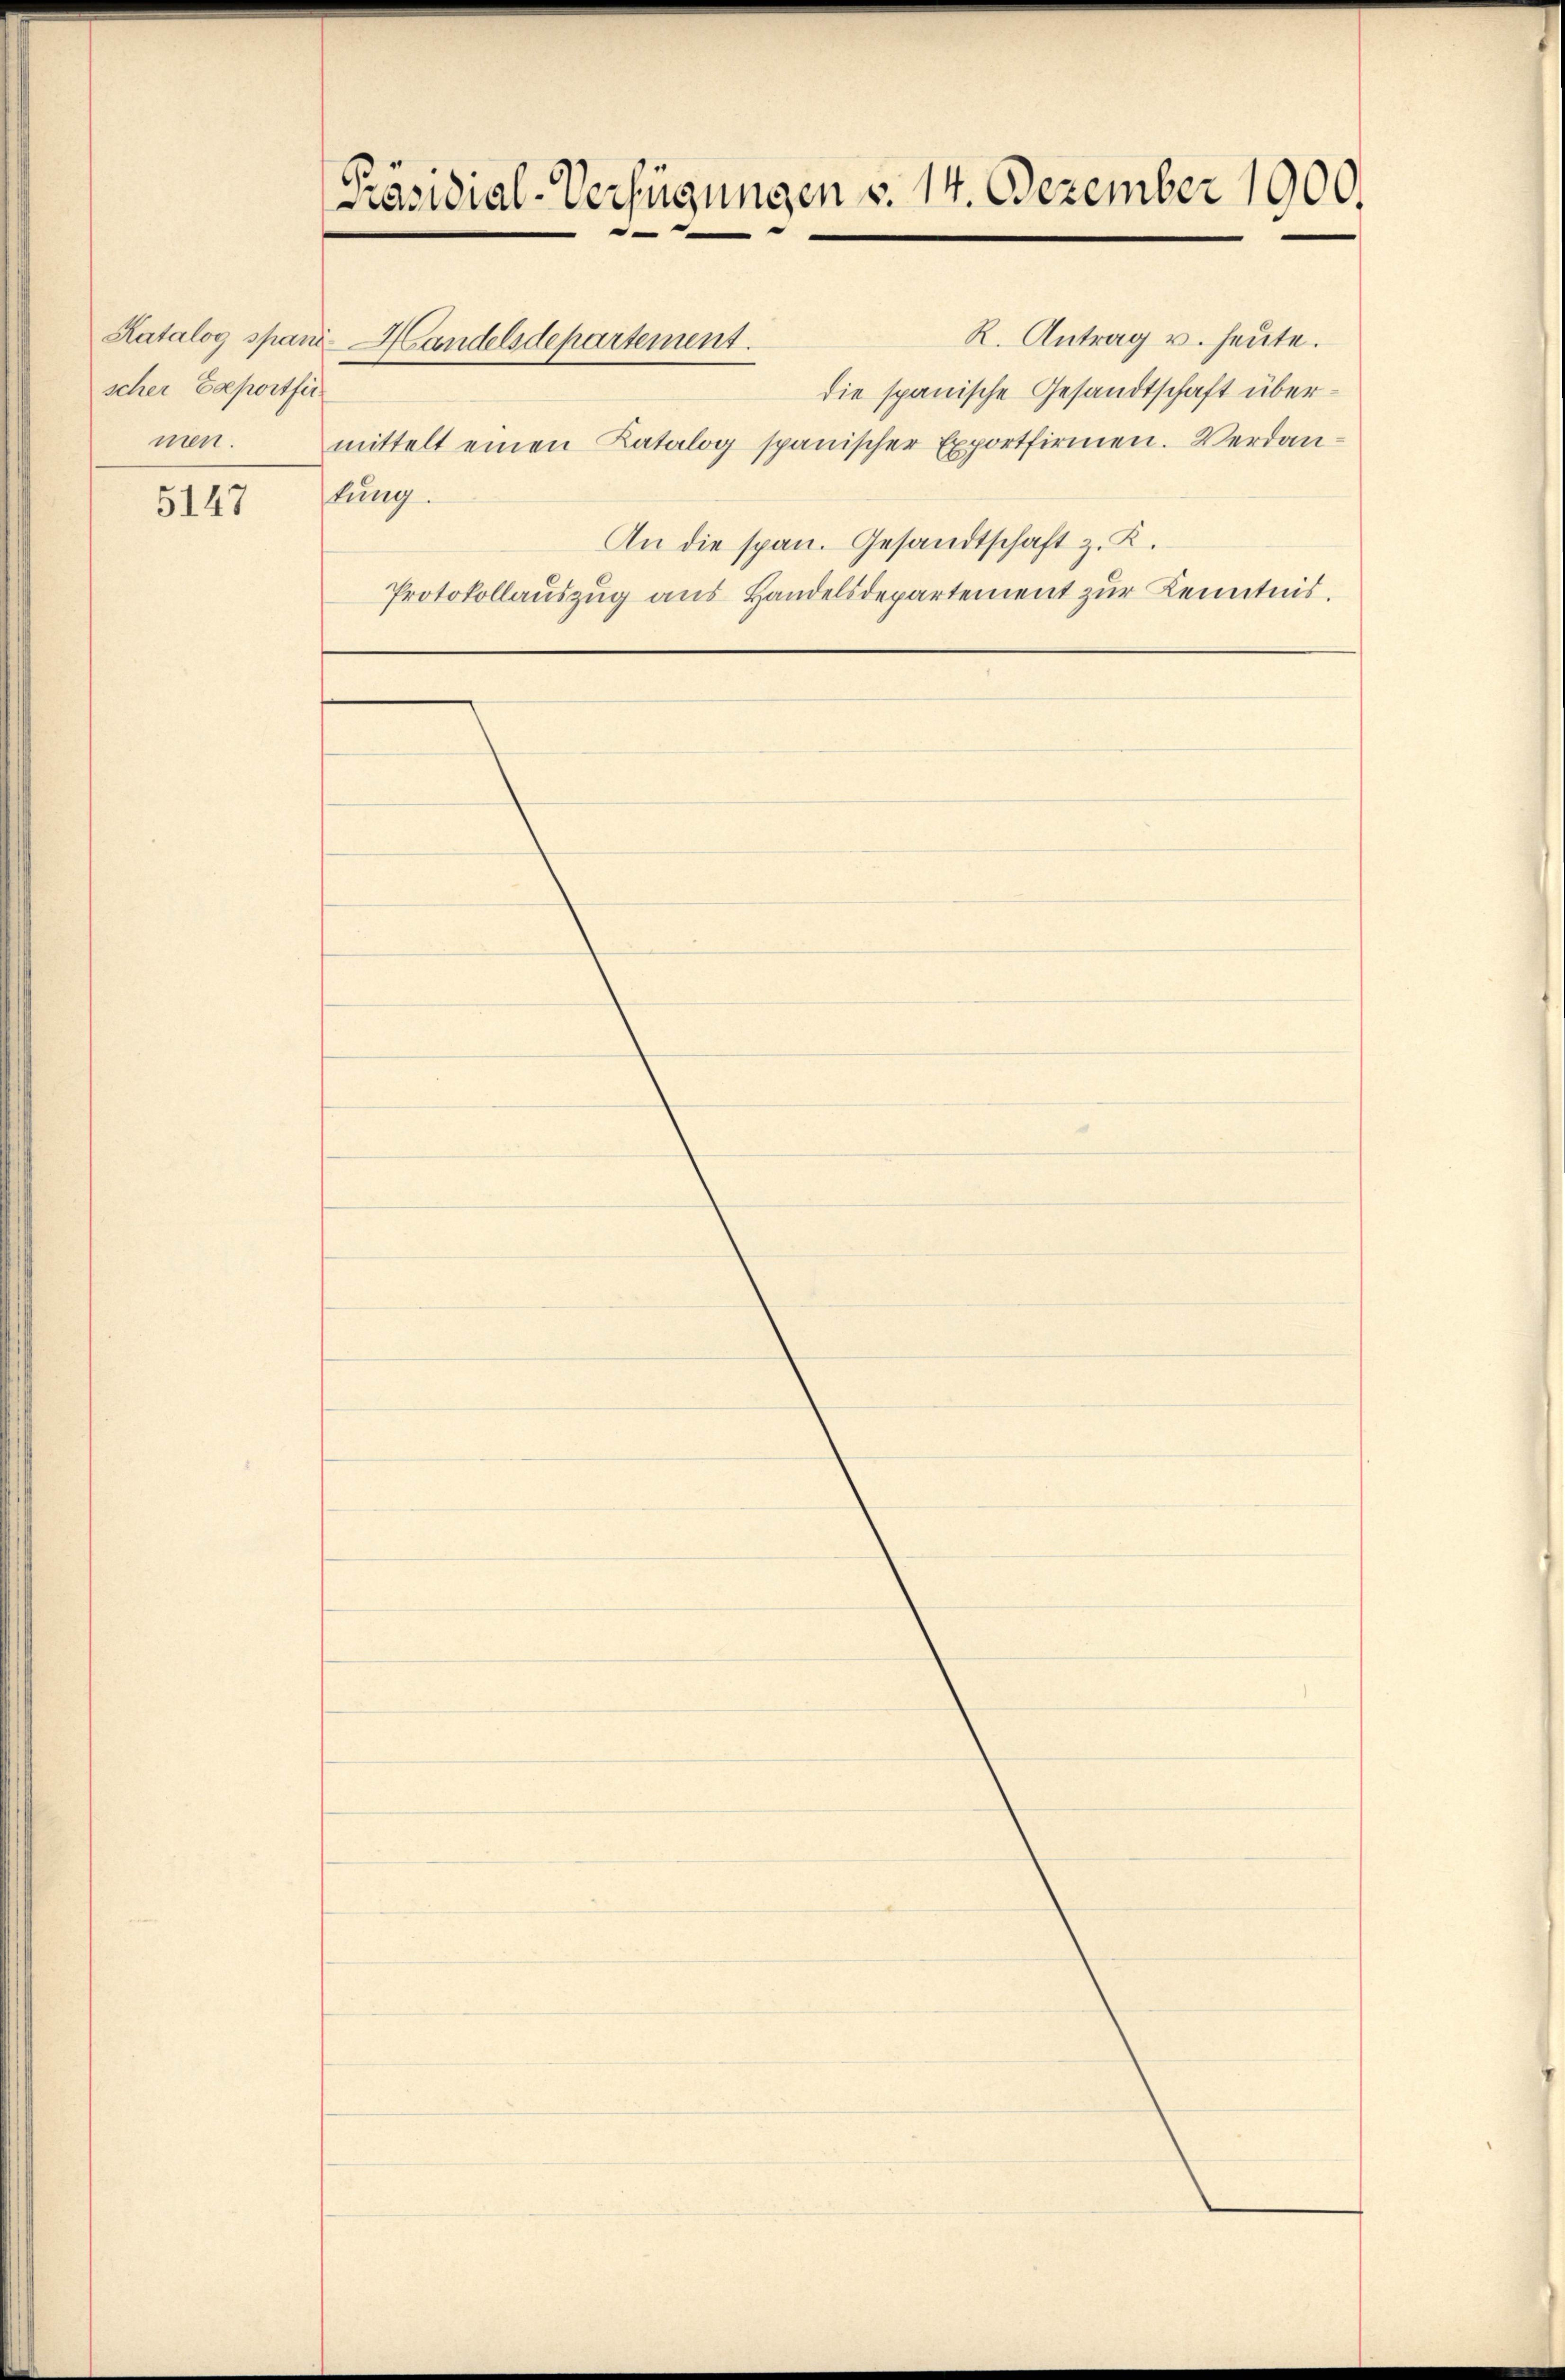
scher Exportfü
men.
5147

Präsidial-Verfügungen v. 14. Dezember 1900.
R. Antrag u. heute.
Katalog spani Handelsdepartement.
die spanische Gesandtschaft übermittelt einen Katalog spanischer Exportfirmen. Verdanstung.
An die span. Gesandtschaft z. K.
Protokollauszug aus Handelsdepartement zur Kenntnis.